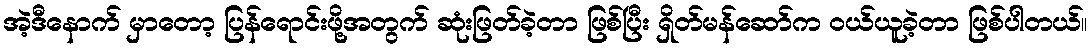
အဲ့ဒီနောက် မှာတော့ ပြန်ရောင်းဖို့အတွက် ဆုံးဖြတ်ခဲ့တာ ဖြစ်ပြီး ရှိတ်မန်ဆော်က ဝယ်ယူခဲ့တာ ဖြစ်ပါတယ်။